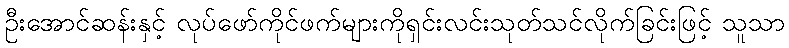
ဦးအောင်ဆန်းနှင့် လုပ်ဖော်ကိုင်ဖက်များကိုရှင်းလင်းသုတ်သင်လိုက်ခြင်းဖြင့် သူသာ